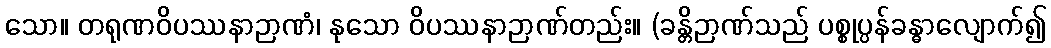
သော။ တရုဏဝိပဿနာဉာဏံ၊ နုသော ဝိပဿနာဉာဏ်တည်း။ (ခန္တိဉာဏ်သည် ပစ္စုပ္ပန်ခန္ဓာလျောက်၍